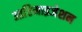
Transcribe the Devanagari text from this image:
आप्टिमाइजेशन